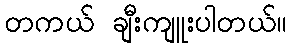
တကယ် ချီးကျူးပါတယ်။